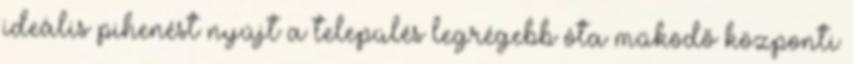
ideális pihenést nyújt a település legrégebb óta működő központi